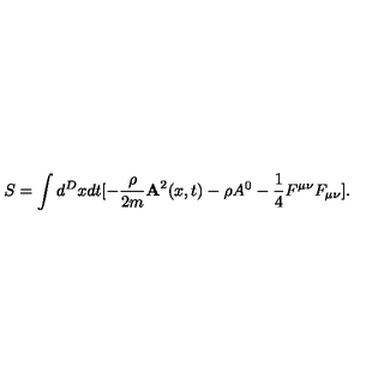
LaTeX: S = \int d ^ { D } x d t [ - \frac { \rho } { 2 m } { \bf A } ^ { 2 } ( x , t ) - \rho A ^ { 0 } - \frac { 1 } { 4 } F ^ { \mu \nu } F _ { \mu \nu } ] .